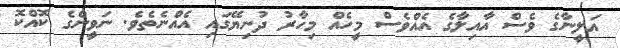
އަލީނާގެ ވެސް އާއިލާގެ އެއްވެސް މީހެއް މިހާރު ދުނިޔޭގައި އެއްނެތެވެ. ނަވީންގެ ކޮއްކޮ